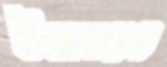
উষ্ণমণ্ডল